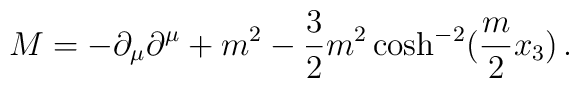
M = - \partial_{\mu} \partial^{\mu} + m^2- \frac{3}{2} m^2 \cosh^{-2}(\frac{m}{2} x_3)\,.